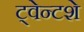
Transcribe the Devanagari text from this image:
ट्वेन्टशे